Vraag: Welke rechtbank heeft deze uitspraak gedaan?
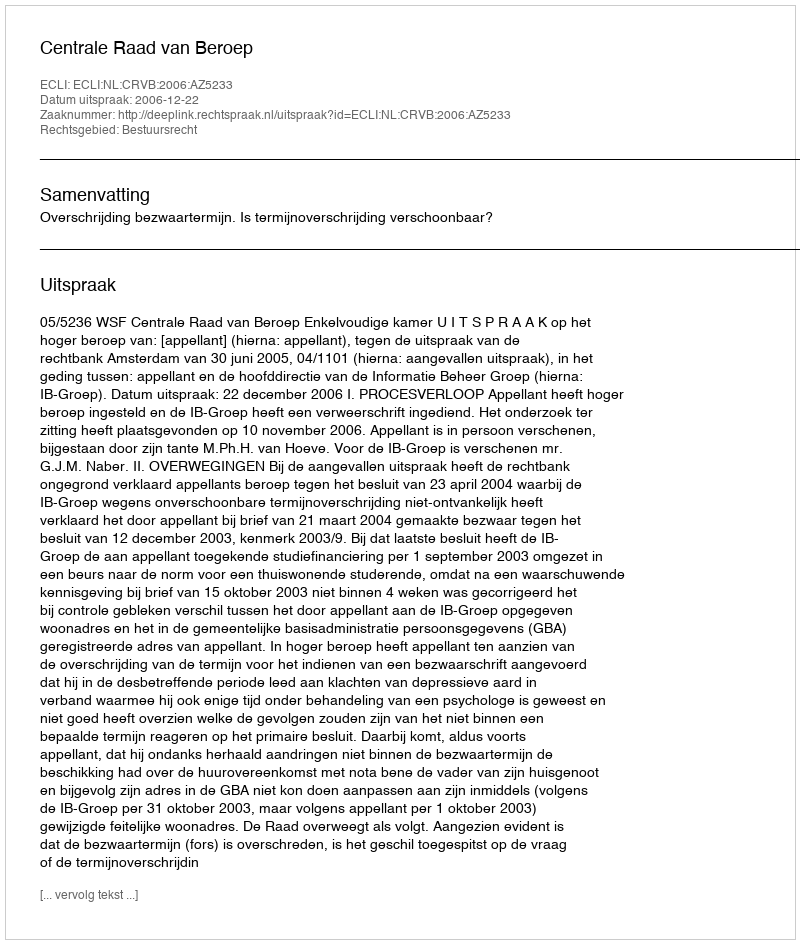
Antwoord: Centrale Raad van Beroep